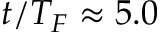
t / T _ { F } \approx 5 . 0